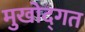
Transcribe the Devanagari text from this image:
मुखोद्गत